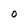
Character: O